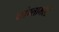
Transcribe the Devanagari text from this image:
कांग्लामरेट